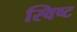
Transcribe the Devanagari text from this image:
स्विष्ट